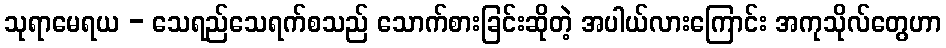
သုရာမေရယ - သေရည်သေရက်စသည် သောက်စားခြင်းဆိုတဲ့ အပါယ်လားကြောင်း အကုသိုလ်တွေဟာ